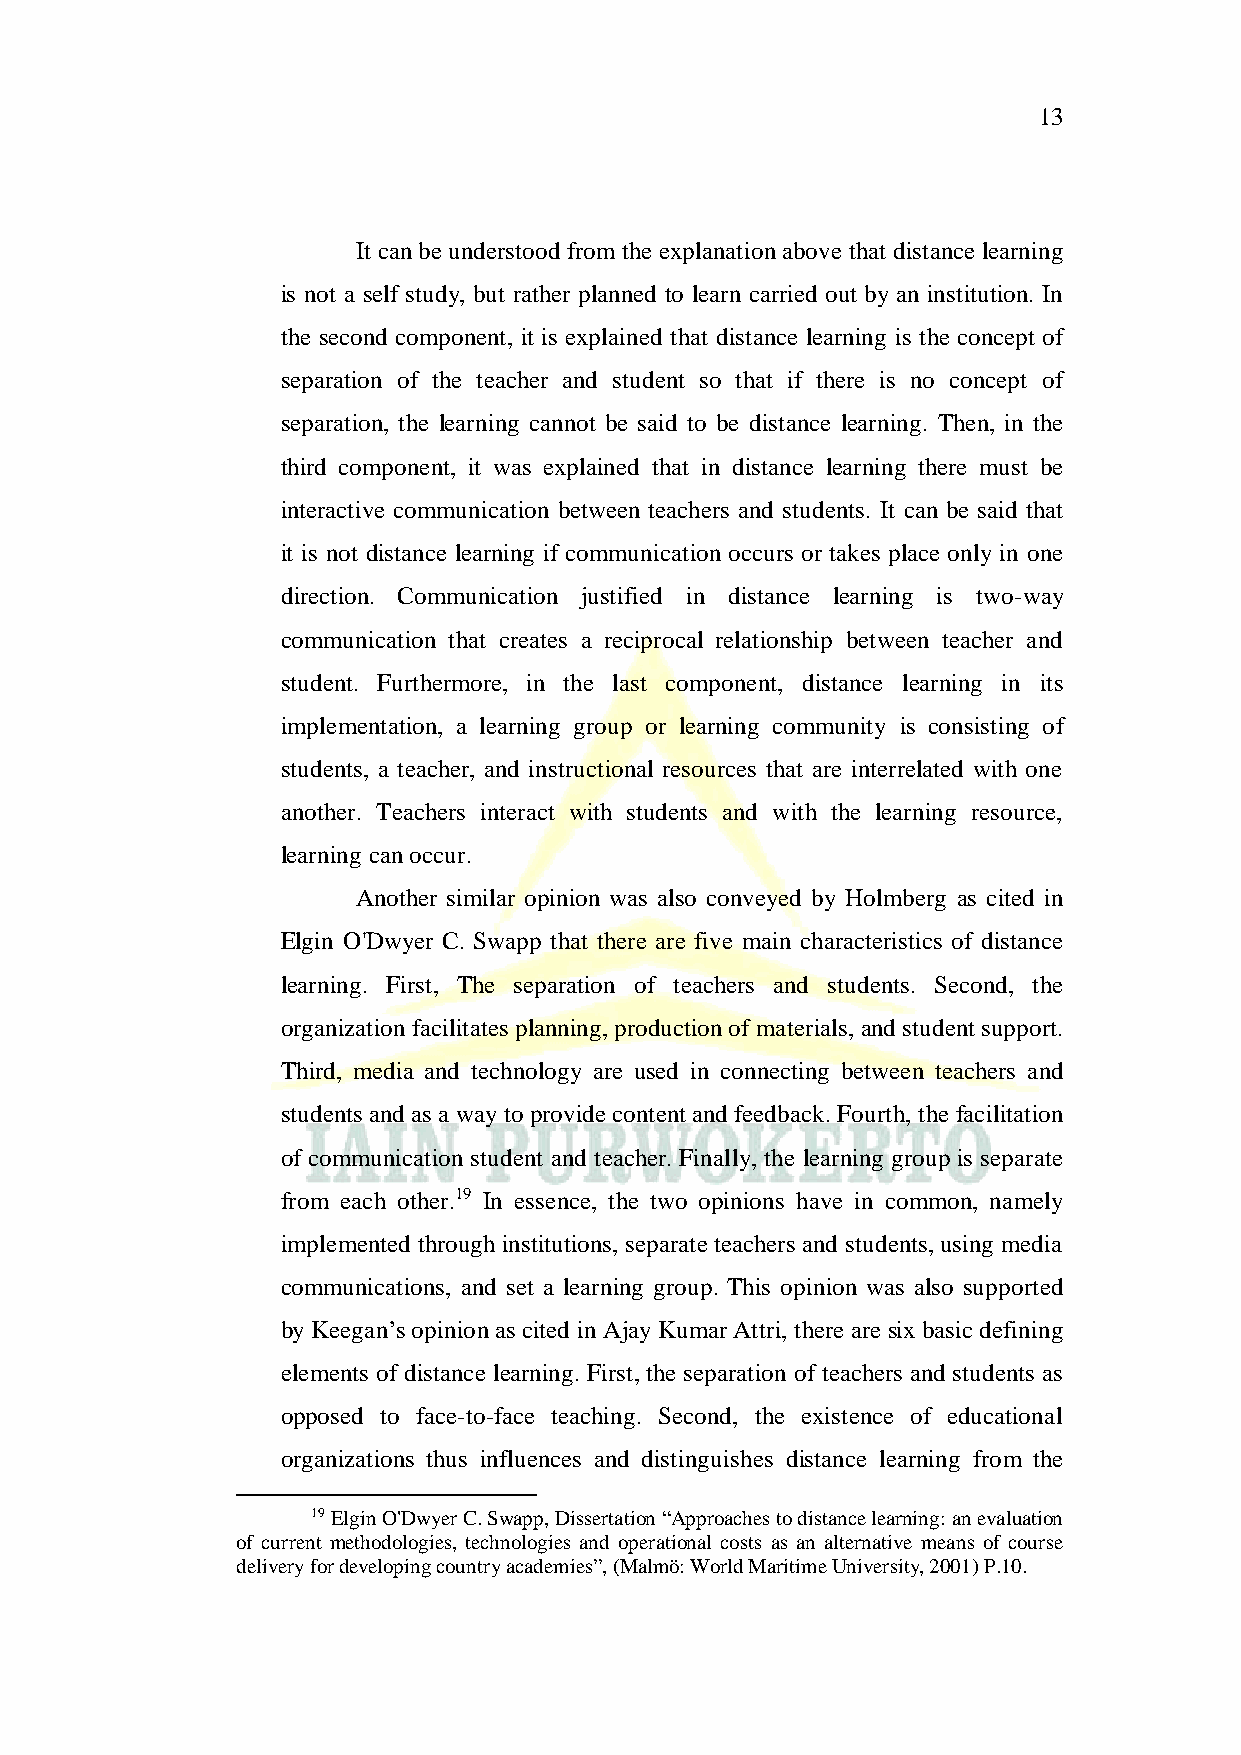
13
 It can be understood from the explanation above that distance learning
 is not a self study, but rather planned to learn carried out by an institution. In
 the second component, it is explained that distance learning is the concept of
 separation of the teacher and student so that if there is no concept of
 separation, the learning cannot be said to be distance learning. Then, in the
 third component, it was explained that in distance learning there must be
 interactive communication between teachers and students. It can be said that
 it is not distance learning if communication occurs or takes place only in one
 direction. Communication justified in distance learning is two-way
 communication that creates a reciprocal relationship between teacher and
 student. Furthermore, in the last component, distance learning in its
 implementation, a learning group or learning community is consisting of
 students, a teacher, and instructional resources that are interrelated with one
 another. Teachers interact with students and with the learning resource,
 learning can occur.
 Another similar opinion was also conveyed by Holmberg as cited in
 Elgin O'Dwyer C. Swapp that there are five main characteristics of distance
 learning. First, The separation of teachers and students. Second, the
 organization facilitates planning, production of materials, and student support.
 Third, media and technology are used in connecting between teachers and
 students and as a way to provide content and feedback. Fourth, the facilitation
 of communication student and teacher. Finally, the learning group is separate
 from each other.19 In essence, the two opinions have in common, namely
 implemented through institutions, separate teachers and students, using media
 communications, and set a learning group. This opinion was also supported
 by Keegan’s opinion as cited in Ajay Kumar Attri, there are six basic defining
 elements of distance learning. First, the separation of teachers and students as
 opposed to face-to-face teaching. Second, the existence of educational
 organizations thus influences and distinguishes distance learning from the
 19 Elgin O'Dwyer C. Swapp, Dissertation “Approaches to distance learning: an evaluation
 of current methodologies, technologies and operational costs as an alternative means of course
 delivery for developing country academies”, (Malmö: World Maritime University, 2001) P.10.